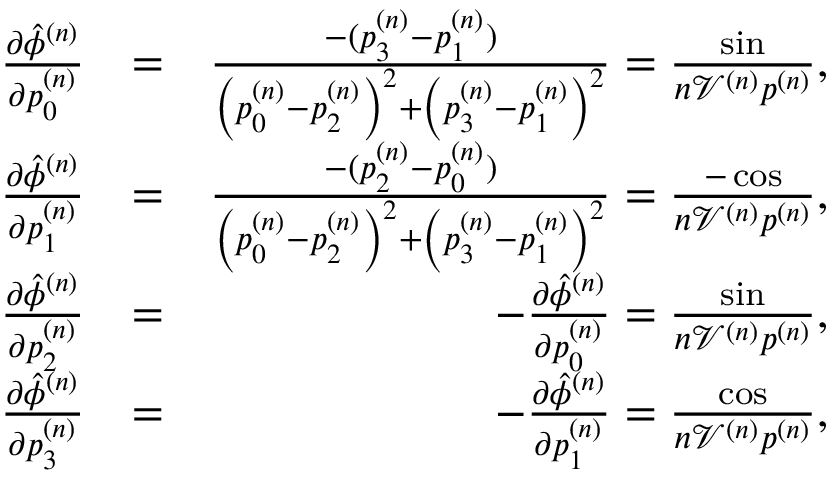
\begin{array} { r l r } { \frac { \partial \hat { \phi } ^ { ( n ) } } { \partial p _ { 0 } ^ { ( n ) } } } & { = } & { \frac { - ( p _ { 3 } ^ { ( n ) } - p _ { 1 } ^ { ( n ) } ) } { \left( p _ { 0 } ^ { ( n ) } - p _ { 2 } ^ { ( n ) } \right) ^ { 2 } + \left( p _ { 3 } ^ { ( n ) } - p _ { 1 } ^ { ( n ) } \right) ^ { 2 } } = \frac { \sin } { n \mathcal { V } ^ { ( n ) } p ^ { ( n ) } } , } \\ { \frac { \partial \hat { \phi } ^ { ( n ) } } { \partial p _ { 1 } ^ { ( n ) } } } & { = } & { \frac { - ( p _ { 2 } ^ { ( n ) } - p _ { 0 } ^ { ( n ) } ) } { \left( p _ { 0 } ^ { ( n ) } - p _ { 2 } ^ { ( n ) } \right) ^ { 2 } + \left( p _ { 3 } ^ { ( n ) } - p _ { 1 } ^ { ( n ) } \right) ^ { 2 } } = \frac { - \cos } { n \mathcal { V } ^ { ( n ) } p ^ { ( n ) } } , } \\ { \frac { \partial \hat { \phi } ^ { ( n ) } } { \partial p _ { 2 } ^ { ( n ) } } } & { = } & { - \frac { \partial \hat { \phi } ^ { ( n ) } } { \partial p _ { 0 } ^ { ( n ) } } = \frac { \sin } { n \mathcal { V } ^ { ( n ) } p ^ { ( n ) } } , } \\ { \frac { \partial \hat { \phi } ^ { ( n ) } } { \partial p _ { 3 } ^ { ( n ) } } } & { = } & { - \frac { \partial \hat { \phi } ^ { ( n ) } } { \partial p _ { 1 } ^ { ( n ) } } = \frac { \cos } { n \mathcal { V } ^ { ( n ) } p ^ { ( n ) } } , } \end{array}